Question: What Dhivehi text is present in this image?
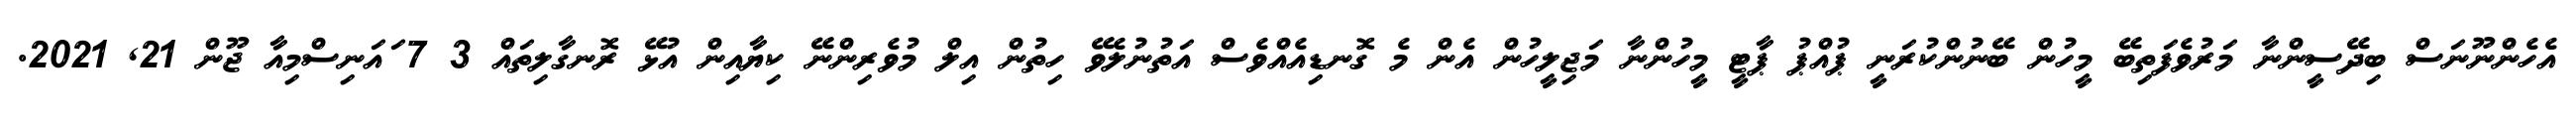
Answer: އެހެންނޫނަސް ބިދޭސީންނާ މަރުވެފަތިބޭ މީހުން ބޭނުންކުރަނީ ޕުއްޕު ޕާޓީ މީހުންނާ މަޖިލީހުން އެން މެ ގޮނޑިއެއްވެސް އަތުނުލެވޭ ހިތުން އިލް މުވެރިންނޭ ކިޔާއިން އުޅޭ ރޮނގާލިތައް 3 7 ައަނިސްމިއާ ޖޫން 21, 2021.